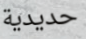
حديدية